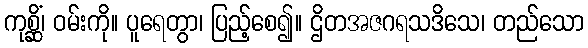
ကုစ္ဆိံ၊ ဝမ်းကို။ ပူရေတွာ၊ ပြည့်စေ၍။ ဌိတအဇဂရသဒိသေ၊ တည်သော